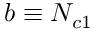
b \equiv N _ { c 1 }